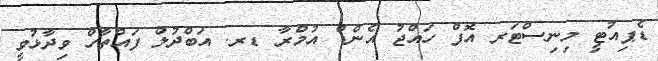
ޑެޕިއުޓީ މިނިސްޓަރ އޮފް ހައްޖު އެންޑް އުމްރާ ޑރ. އަބްދުލް ފައްތާހް ވިދާޅުވީ